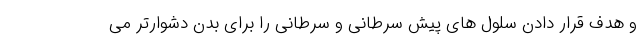
و هدف قرار دادن سلول های پیش سرطانی و سرطانی را برای بدن دشوارتر می